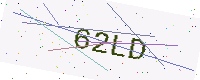
Text: 62LD